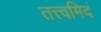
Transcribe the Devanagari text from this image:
तत्त्वमिदं